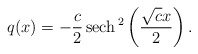
\begin{align*}q(x)=-\frac{c}{2}\operatorname*{sech}{}^{2}\left( \frac{\sqrt{c}x}{2}\right). \end{align*}